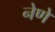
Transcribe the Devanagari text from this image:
नेणें